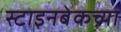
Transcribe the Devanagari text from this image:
स्टाइनबेकच्या